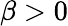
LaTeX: \beta>0